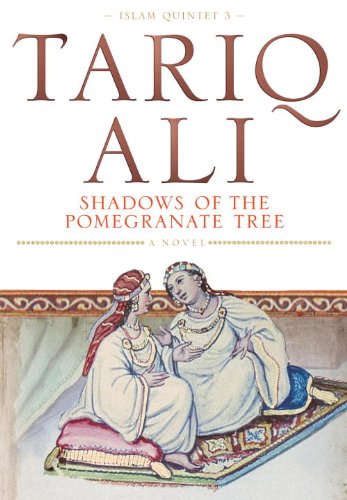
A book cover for Shadows of the Pomegranate Tree (The Islam Quintet); Tariq Ali; Literature & Fiction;